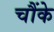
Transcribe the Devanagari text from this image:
चौंके